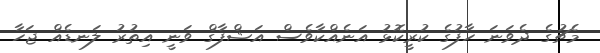
މެޗުގެ ދެވަނަ ހާފުގެ ކުރީކޮޅު އަނެއްކާވެސް އަޝްފާގް ވަނީ އިތުރު ލަނޑެއް ޖަހާ